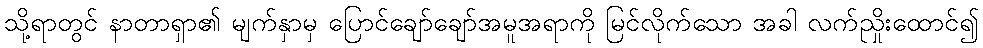
သို့ရာတွင် နာတာရှာ၏ မျက်နှာမှ ပြောင်ချော်ချော်အမူအရာကို မြင်လိုက်သော အခါ လက်ညှိုးထောင်၍